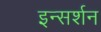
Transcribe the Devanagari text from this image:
इन्सर्शन